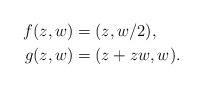
LaTeX: \begin{align*}f(z,w)&=(z,w/2),\\g(z,w)&=(z+zw,w).\end{align*}